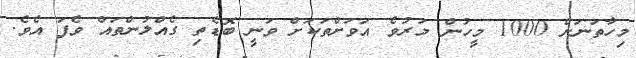
މިހާތަނަށް 1000 މީހުން މަރުވެ އަވަށްތަކަށް ވަނީ ބޮޑެތި ގެއްލުންތައް ވެފަ އެވެ.